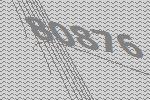
80876